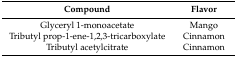
<table><thead><tr><td><b>Compound</b></td><td><b>Flavor</b></td></tr></thead><tbody><tr><td>Glyceryl 1-monoacetate</td><td>Mango</td></tr><tr><td>Tributyl prop-1-ene-1,2,3-tricarboxylate</td><td>Cinnamon</td></tr><tr><td>Tributyl acetylcitrate</td><td>Cinnamon</td></tr></tbody></table>